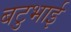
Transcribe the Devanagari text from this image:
बटुभाई